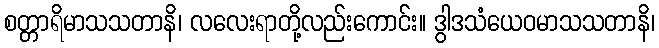
စတ္တာရိမာသသတာနိ၊ လလေးရာတို့လည်းကောင်း။ ဒွါဒသံယေဝမာသသတာနိ၊